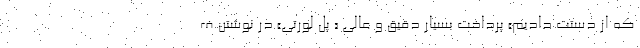
که از دستت دادیم» پرداخت بسیار دقیق و عالی « پل لورتی» در نوشتن ف